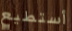
أستطيع